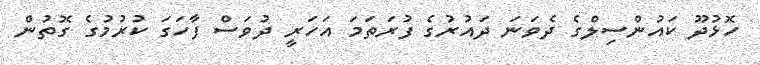
ހޮޅުދޫ ކައުންސިލްގެ ދެވަނަ ދައުރުގެ ފުރަތަމަ އަހަރީ ދުވަސް ފާހަގަ ކުރުމުގެ ގޮތުން